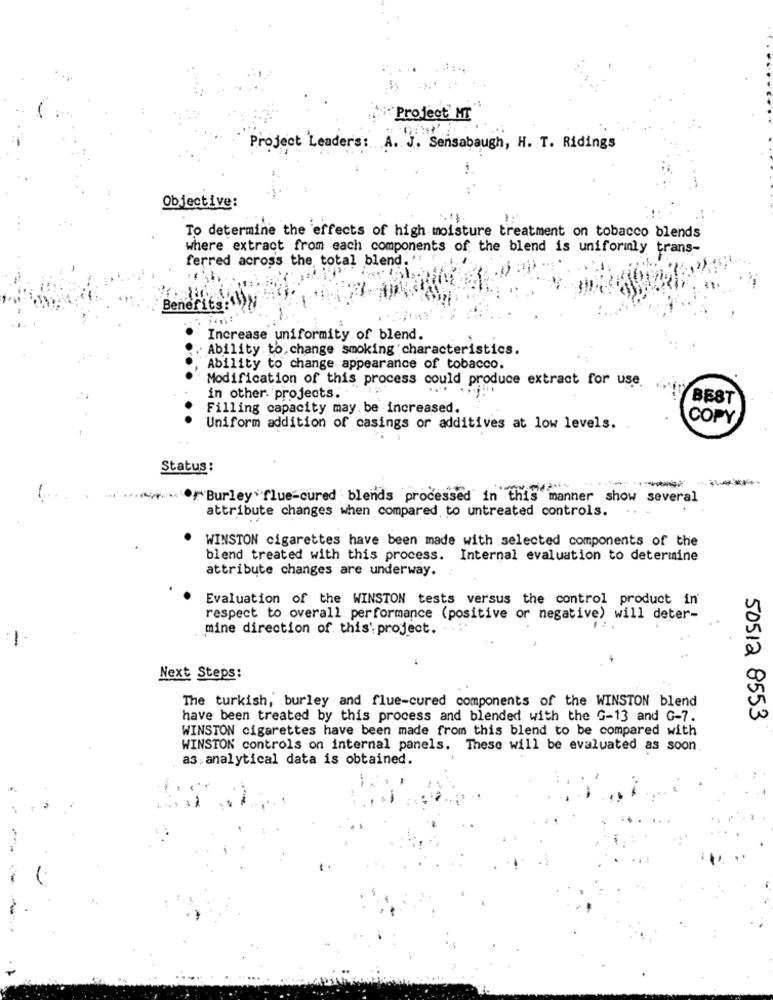
Project' MT
Project Leader's:
A.
J. Sensabaugh, H. T. Ridings
Objective:
To determine the effects of high moisture treatment on tobacco blends
where extract from each components of the blend is uniformly trans-
ferred across the total blend.'
Bener'i
Increase uniformity of blend.
Ability to, change smoking characteristics.
Ability to change appearance of tobacco.
Modification of this process could produce extract for use.
in other projects.
BEST
Filling capacity may be increased.
COPY
Uniform addition of casings or additives at low levels.
Status :
Burley flue-cured blends processed in this manner show several
attribute changes when compared to untreated controls.
WINSTON cigarettes have been made with selected components of the
blend treated with this process. Internal evaluation to determine
attribute changes are underway. :
Evaluation of the WINSTON tests versus the control product in'
respect to overall performance (positive or negative) will deter-
mine direction of this' project ..
-
Next Steps:
The turkish, burley and flue-cured components of the WINSTON blend
have been treated by this process and blended with the G-13 and G-7.
50512 8553
WINSTON cigarettes have been made from this blend to be compared with
WINSTON controls on internal panels. These will be evaluated as soon
as analytical data is obtained.